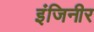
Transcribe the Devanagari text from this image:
इंजिनीर